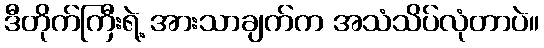
ဒီတိုက်ကြီးရဲ့ အားသာချက်က အသံသိပ်လုံတာပဲ။